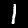
Label: 1